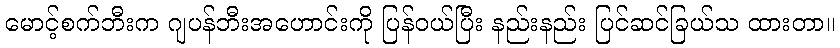
မောင့်စက်ဘီးက ဂျပန်ဘီးအဟောင်းကို ပြန်ဝယ်ပြီး နည်းနည်း ပြင်ဆင်ခြယ်သ ထားတာ။